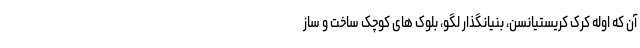
آن که اوله کرک کریستیانسن، بنیانگذار لگو، بلوک های کوچک ساخت و ساز